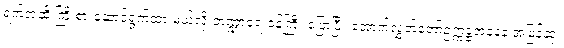
ရက်အထိ ကြိုးစားဆောင်ရွက်ထားမယ်လို့ ဘဏ္ဍာရေးဝန်ကြီး ပြောပြီး အောက်လွှတ်တော်ဥက္ကဋ္ဌအနေနဲ့ အမြန်ဆုံး